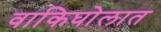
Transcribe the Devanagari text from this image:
वाकिघोलात